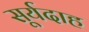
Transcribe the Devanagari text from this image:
सूर्यदाह